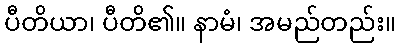
ပီတိယာ၊ ပီတိ၏။ နာမံ၊ အမည်တည်း။